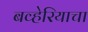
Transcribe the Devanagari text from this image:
बव्हेरियाचा